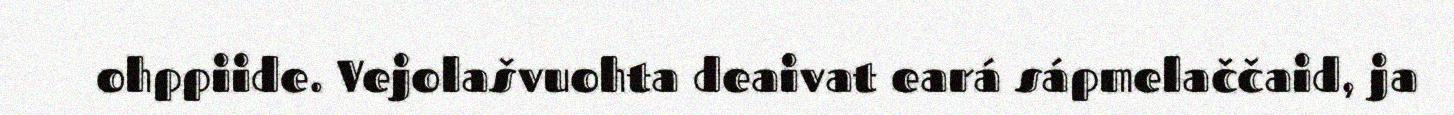
ohppiide. Vejolašvuohta deaivat eará sápmelaččaid, ja